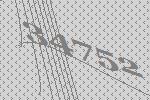
34752